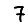
Digit: 7